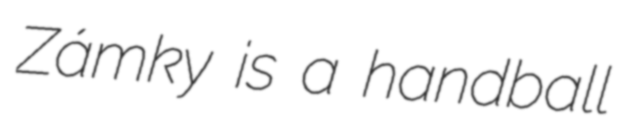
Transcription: Zámky is a handball